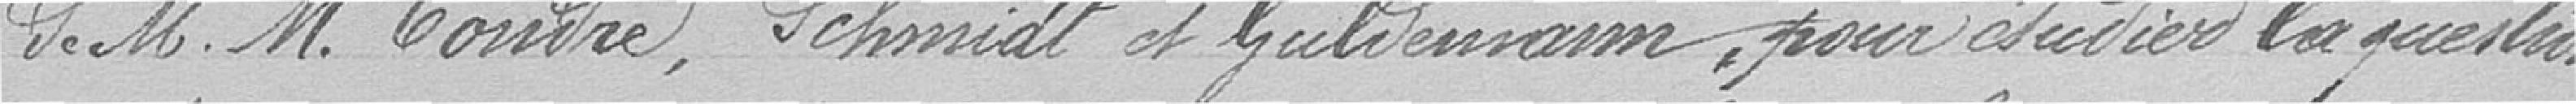
de Messieurs COUDRE, LEHMANNet GULLEMANN, pour étudier la question